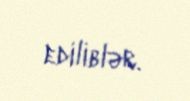
ediliblər.